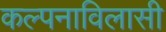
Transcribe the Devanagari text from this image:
कल्पनाविलासी